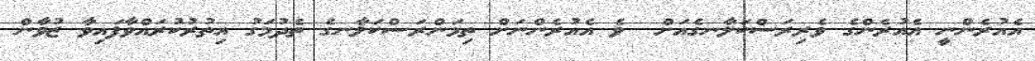
އެއުރެންނީ އެއުރެންގެ ވެރިރަސްކަލާނގެއަށް  ވެ އެއުރެންނަށް ތިމަންރަސްކަލާނގެ ތެދުމަގު އިތުރުކުރައްވާފައިވާ ޒުވާން